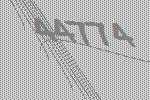
44774